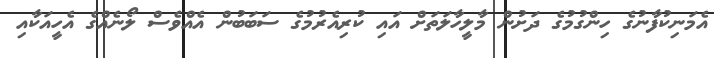
އެމަނިކުފާނުގެ ހިންގުމުގެ ދަށުން މާލީހާލަތަށް އައި ކުރިއެރުމުގެ ސަބަބުން އެއްވެސް ލޯނެއްގެ އެހީއަކާއި